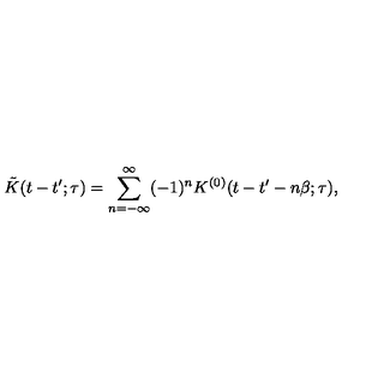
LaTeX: \tilde { K } ( t - t ^ { \prime } ; \tau ) = \sum _ { n = - \infty } ^ { \infty } ( - 1 ) ^ { n } K ^ { ( 0 ) } ( t - t ^ { \prime } - n \beta ; \tau ) ,